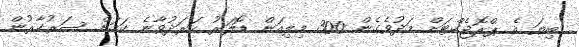
ބިޔަ އެ ޕްރޮޖެކްޓަށް މަދުވެގެން 300 މިލިއަން ޑޮލަރު ހަރަދުވާނެ ކަމަށް ސަރުކާރުން